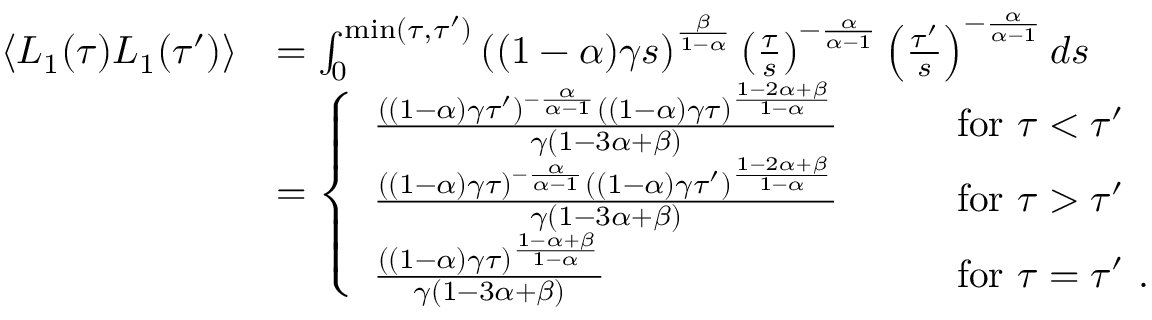
\begin{array} { r l } { \langle L _ { 1 } ( \tau ) L _ { 1 } ( \tau ^ { \prime } ) \rangle } & { = \int _ { 0 } ^ { \mathrm { m i n } ( \tau , \tau ^ { \prime } ) } \left( ( 1 - \alpha ) \gamma s \right) ^ { \frac { \beta } { 1 - \alpha } } \left( \frac { \tau } { s } \right) ^ { - \frac { \alpha } { \alpha - 1 } } \left( \frac { \tau ^ { \prime } } { s } \right) ^ { - \frac { \alpha } { \alpha - 1 } } d s } \\ & { = \left\{ \begin{array} { l l } { \frac { ( ( 1 - \alpha ) \gamma \tau ^ { \prime } ) ^ { - \frac { \alpha } { \alpha - 1 } } ( ( 1 - \alpha ) \gamma \tau ) ^ { \frac { 1 - 2 \alpha + \beta } { 1 - \alpha } } } { \gamma \left( 1 - 3 \alpha + \beta \right) } } & { \qquad \mathrm { f o r } \ \tau < \tau ^ { \prime } } \\ { \frac { ( ( 1 - \alpha ) \gamma \tau ) ^ { - \frac { \alpha } { \alpha - 1 } } ( ( 1 - \alpha ) \gamma \tau ^ { \prime } ) ^ { \frac { 1 - 2 \alpha + \beta } { 1 - \alpha } } } { \gamma \left( 1 - 3 \alpha + \beta \right) } } & { \qquad \mathrm { f o r } \ \tau > \tau ^ { \prime } } \\ { \frac { ( ( 1 - \alpha ) \gamma \tau ) ^ { \frac { 1 - \alpha + \beta } { 1 - \alpha } } } { \gamma \left( 1 - 3 \alpha + \beta \right) } } & { \qquad \mathrm { f o r } \ \tau = \tau ^ { \prime } \ . } \end{array} \right. } \end{array}